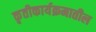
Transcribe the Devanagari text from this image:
कृतीकार्यक्रमातील